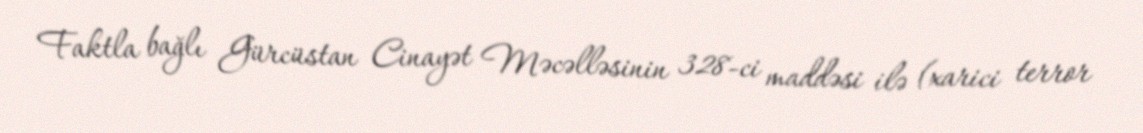
Faktla bağlı Gürcüstan Cinayət Məcəlləsinin 328-ci maddəsi ilə (xarici terror